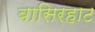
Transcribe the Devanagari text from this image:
बासिरहाट